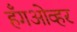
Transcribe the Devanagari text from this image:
हँगओव्हर